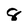
Character: 8